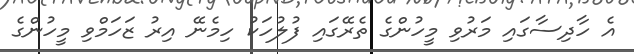
އެ ހާދިސާގައި މަރުވި މީހުންގެ ތެރޭގައި ފުލުހަަކު ހިމެނޭ އިރު ޒަހަމްވި މީހުންގެ